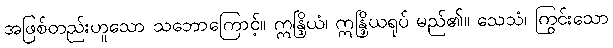
အဖြစ်တည်းဟူသော သဘောကြောင့်။ ဣန္ဒြိယံ၊ ဣန္ဒြိယရုပ် မည်၏။ သေသံ၊ ကြွင်းသော